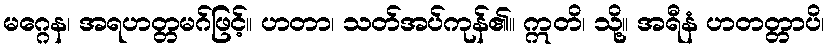
မဂ္ဂေန၊ အရဟတ္တမဂ်ဖြင့်။ ဟတာ၊ သတ်အပ်ကုန်၏။ ဣတိ၊ သို့။ အရီနံ ဟတတ္တာပိ၊